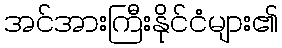
အင်အားကြီးနိုင်ငံများ၏